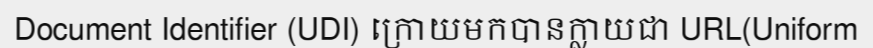
Document Identifier (UDI) ក្រោយមកបានក្លាយជា URL(Uniform